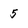
Character: 5